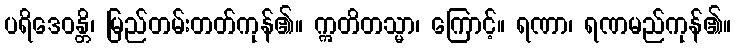
ပရိဒေဝန္တိ၊ မြည်တမ်းတတ်ကုန်၏။ ဣတိတသ္မာ၊ ကြောင့်။ ရဏာ၊ ရဏမည်ကုန်၏။